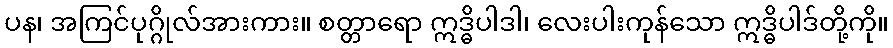
ပန၊ အကြင်ပုဂ္ဂိုလ်အားကား။ စတ္တာရော ဣဒ္ဓိပါဒါ၊ လေးပါးကုန်သော ဣဒ္ဓိပါဒ်တို့ကို။